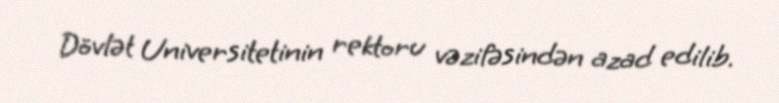
Dövlət Universitetinin rektoru vəzifəsindən azad edilib.